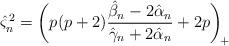
LaTeX: \begin{align*} \hat{\varsigma}_n^{\,2} = \bigg( p(p+2)\frac{\hat{\beta}_n - 2\hat{\alpha}_n}{\hat{\gamma}_n + 2\hat{\alpha}_n} +2p\bigg)_{\!+}\end{align*}